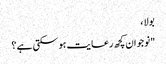
بولا ،
"نوجوان کچھ رعایت ہو سکتی ہے ؟